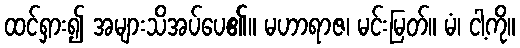
ထင်ရှား၍ အများသိအပ်ပေ၏။ မဟာရာဇ၊ မင်းမြတ်။ မံ၊ ငါ့ကို။